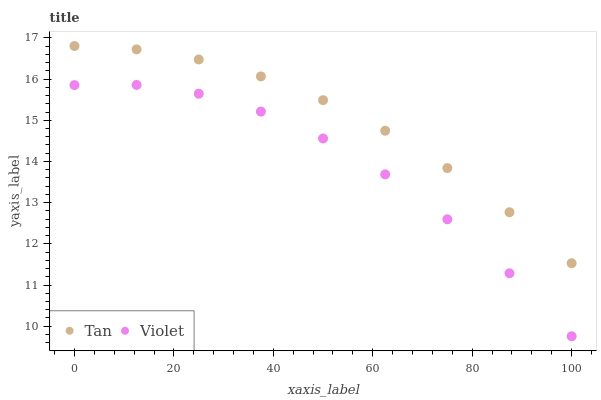
| xaxis_label | Tan | Violet |
 | --- | --- | --- |
 | 0 | 16.8 | 15.9 |
 | 12.5 | 16.7 | 15.9 |
 | 25 | 16.5 | 15.6 |
 | 37.5 | 16.1 | 15.2 |
 | 50 | 15.5 | 14.6 |
 | 62.5 | 14.7 | 13.7 |
 | 75 | 13.8 | 12.6 |
 | 87.5 | 12.8 | 11.3 |
 | 100 | 11.5 | 9.76 |